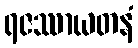
ရဇဿာယတနံ